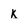
Character: k